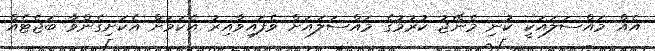
އެއް މައްސަލައަކީ ކުނި މެނޭޖު ކުރުމުގެ މައްސަލައަށް ވެފައިވާއިރު އެކަމަށް އެކަށިގެންވާ ބަޖެޓެއް